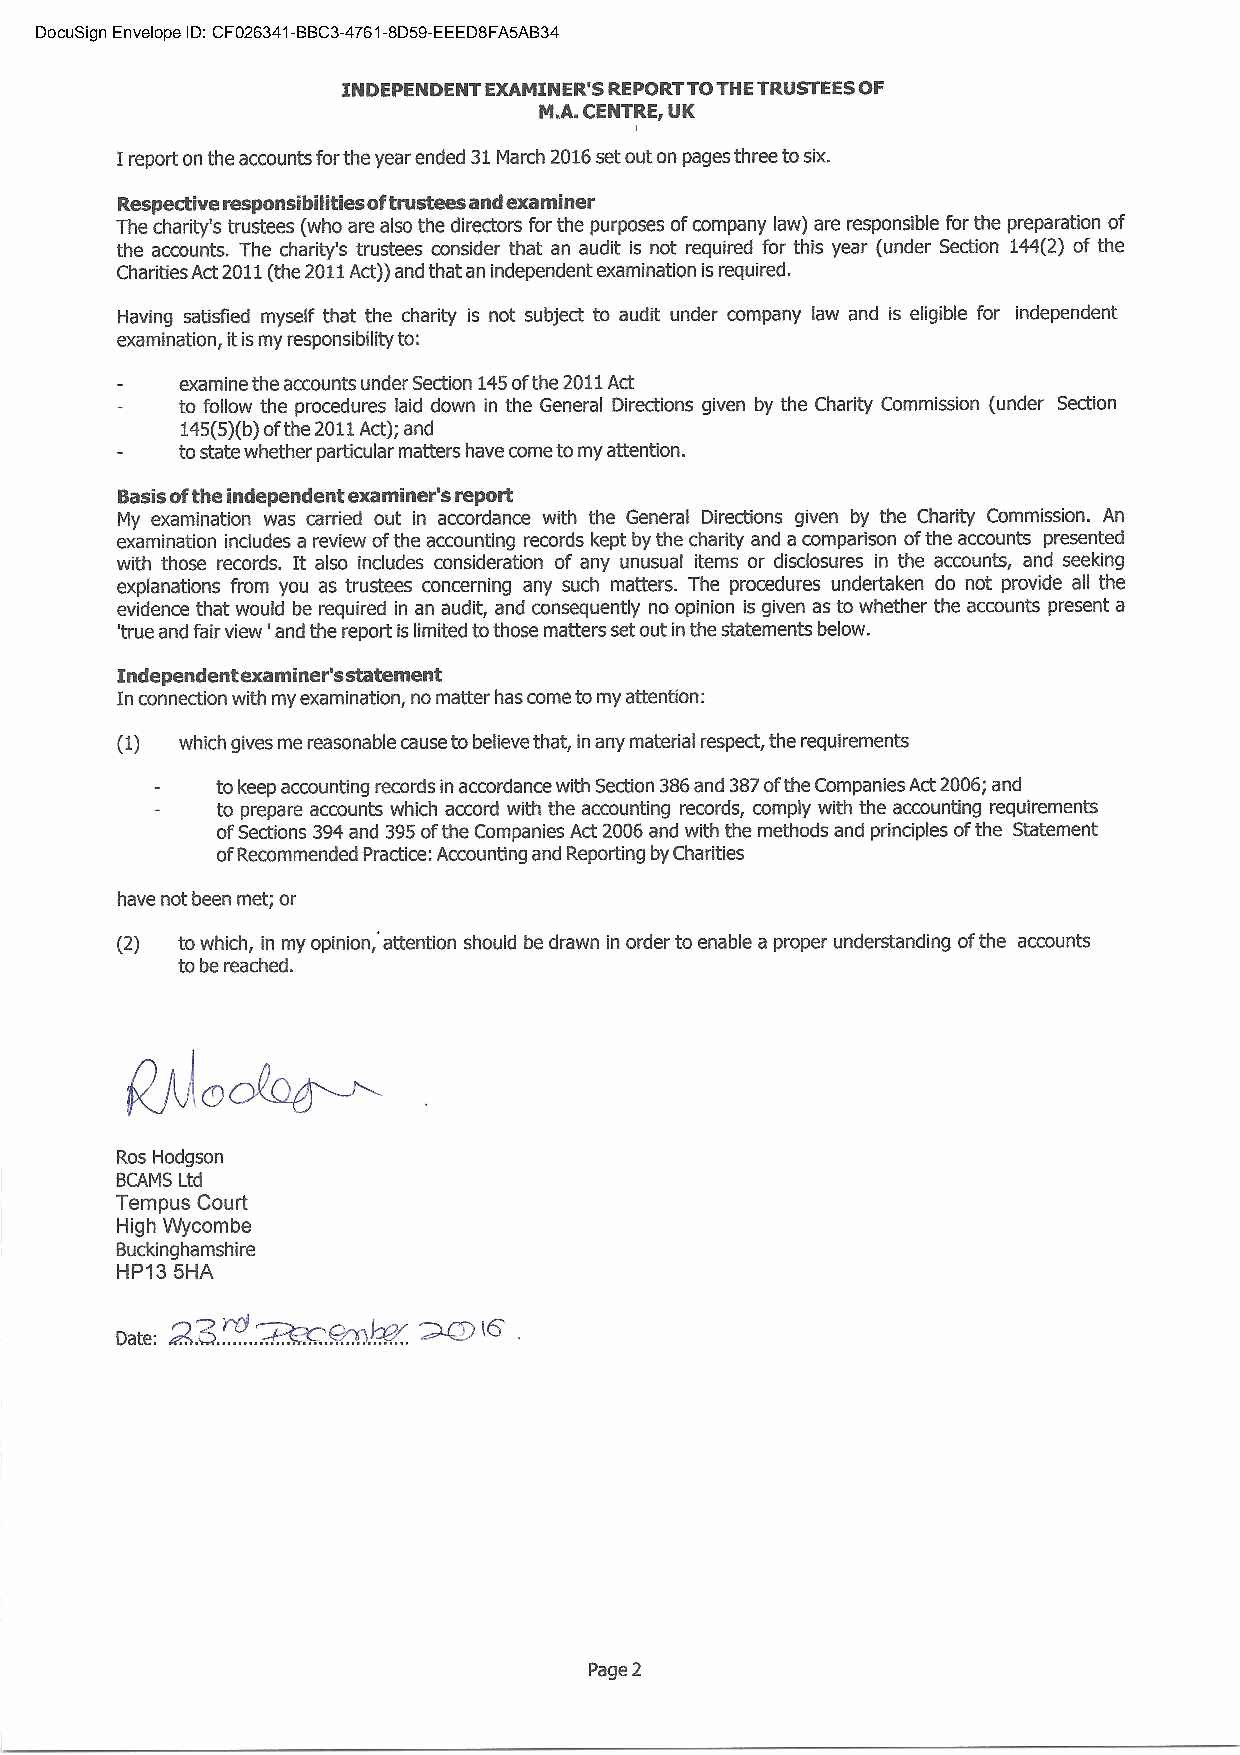
DocuSign Envelope ID: CF026341-BBC3-4761-8D59-EEED8FA5AB34